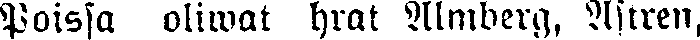
Poissa oliwat hrat Almberg, Astren,